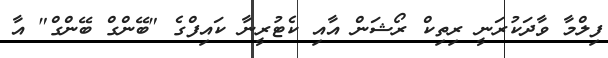
ފިލްމާ ވާދަކުރަނީ ރިތިކް ރޯޝަން އާއި ކެޓުރީނާ ކައިފްގެ "ބޭންގް ބޭންގް" އާ